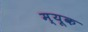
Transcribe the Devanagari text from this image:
म्यूक